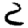
Digit: 2